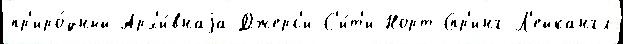
пр'иро́дный Арх'и́внаjа Джерс'и-С'и́т'и Норт-Спр'инг-Л'ейкангл